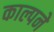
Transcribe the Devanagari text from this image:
काल्पने